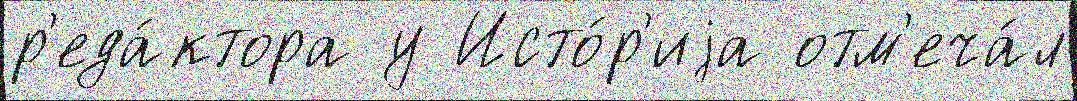
р'еда́ктора у Исто́р'иjа отм'еча́л